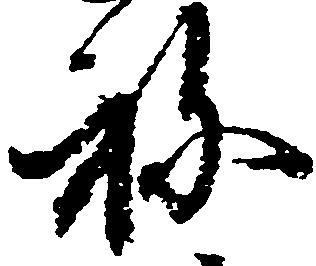
ね